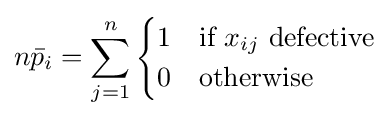
n{\bar {p}}_{i}=\sum _{j=1}^{n}{\begin{cases}1&{\mbox{if }}x_{ij}{\mbox{ defective}}\\0&{\mbox{otherwise}}\end{cases}}